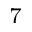
_ 7